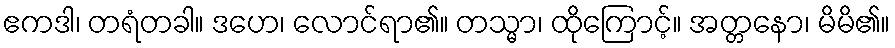
ဧကဒါ၊ တရံတခါ။ ဒဟေ၊ လောင်ရာ၏။ တသ္မာ၊ ထိုကြောင့်။ အတ္တနော၊ မိမိ၏။